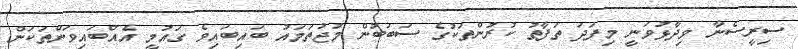
ސިރީސެނާ ވިދާޅުވަނީ މިފަދަ ތަފާތު ކުރުންތަކުގެ ސަބަބުން މުޖުތަމައު ބައިބައިވެ ގައުމީ އެއްބައިވަންތަކަން